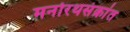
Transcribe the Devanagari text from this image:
मनोरथसंक्रांत